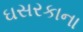
ઘસરકાના